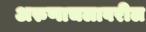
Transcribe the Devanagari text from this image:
अरुणाचलावरील